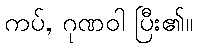
ကပ်, ဂုဏဝါ ပြီး၏။